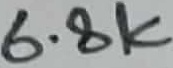
Text: 6.8K